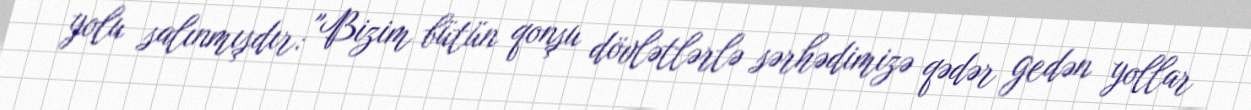
yolu salınmışdır: "Bizim bütün qonşu dövlətlərlə sərhədimizə qədər gedən yollar